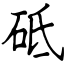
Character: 砥